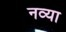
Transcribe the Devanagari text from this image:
नव्‍या